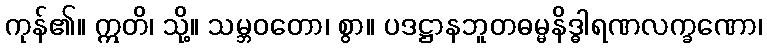
ကုန်၏။ ဣတိ၊ သို့။ သမ္ဘဝတော၊ စွာ။ ပဒဋ္ဌာနဘူတဓမ္မနိဒ္ဓါရဏလက္ခဏော၊